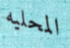
المحليه